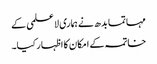
مہاتما بدھ نے ہماری لاعلمی کے
خاتمہ کے امکان کا اظہار کیا۔